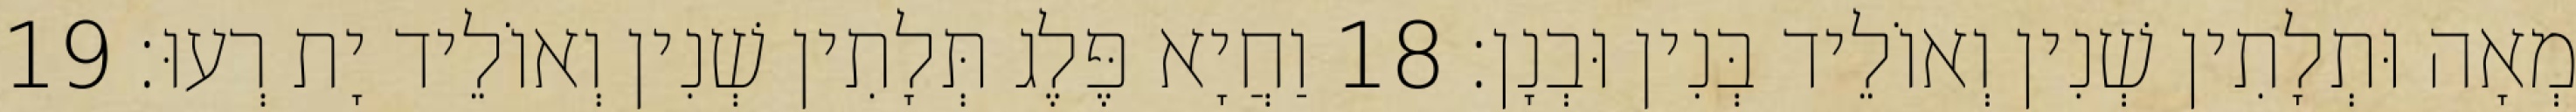
מְאָה וּתְלָתִין שְׁנִין וְאוֹלֵיד בְּנִין וּבְנָן׃ 18 וַחֲיָא פֶּלֶג תְּלָתִין שְׁנִין וְאוֹלֵיד יָת רְעוּ׃ 19